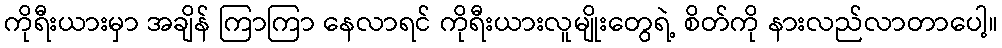
ကိုရီးယားမှာ အချိန် ကြာကြာ နေလာရင် ကိုရီးယားလူမျိုးတွေရဲ့ စိတ်ကို နားလည်လာတာပေါ့။